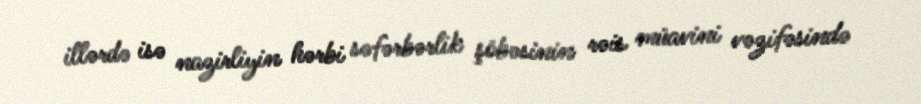
illərdə isə nazirliyin hərbi səfərbərlik şöbəsinin rəis müavini vəzifəsində